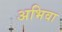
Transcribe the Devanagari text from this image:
अभिवा